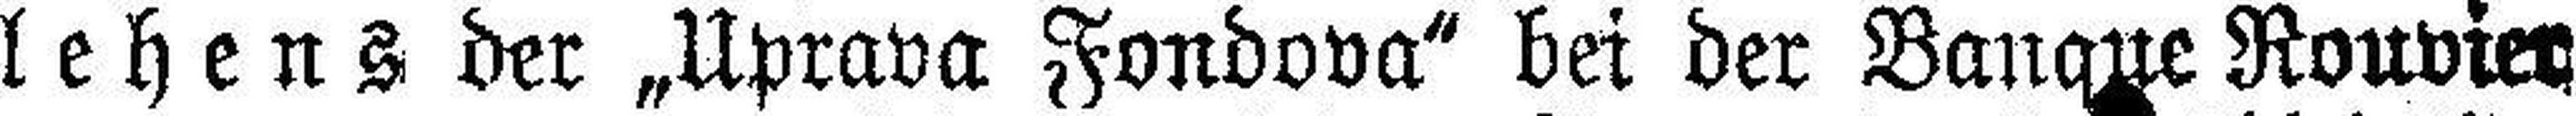
lehens der „Uprava Fondova“ bei der Banque Rouvier